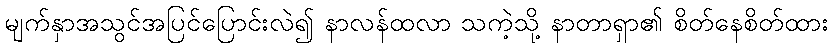
မျက်နှာအသွင်အပြင်ပြောင်းလဲ၍ နာလန်ထလာ သကဲ့သို့ နာတာရှာ၏ စိတ်နေစိတ်ထား